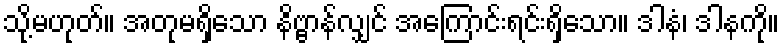
သို့မဟုတ်။ အတုမရှိသော နိဗ္ဗာန်လျှင် အကြောင်းရင်းရှိသော။ ဒါနံ၊ ဒါနကို။